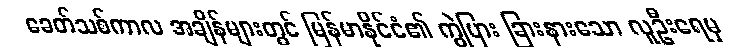
ခေတ်သစ်ကာလ အချိန်များတွင် မြန်မာနိုင်ငံ၏ ကွဲပြား ခြားနားသော လူဦးရေမှ